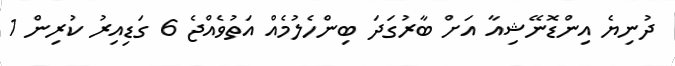
ދުނިޔެ އިންޑޮނޭޝިއާ އަށް ބާރުގަދަ ބިންހެލުމެއް އަތުވެއްޖެ 6 ގަޑިއިރު ކުރިން 1